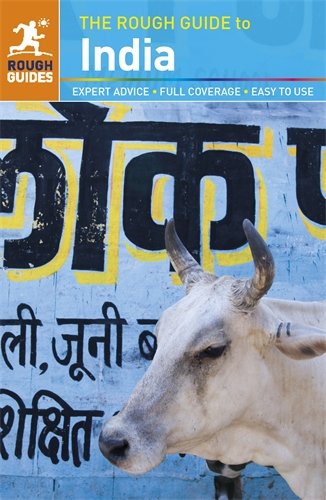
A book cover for The Rough Guide to India; David Abram; Travel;